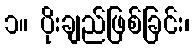
၁။ ပိုးချည်ဖြစ်ခြင်း၊